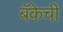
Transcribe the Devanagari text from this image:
बॅकेची